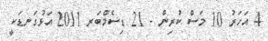
4 އަހަރު 10 މަސް ކުރިން - 21 ޑިސެމްބަރ 2011 އަޅުގަނޑަކީ